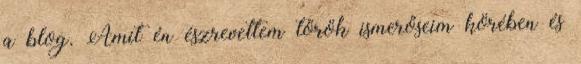
a blog. Amit én észrevettem török ismerőseim körében és